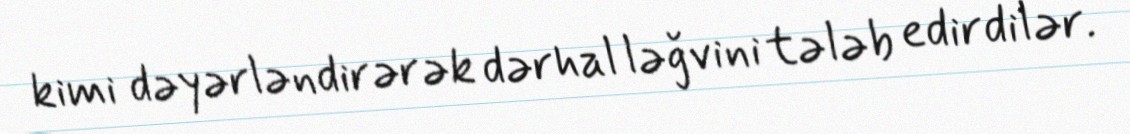
kimi dəyərləndirərək dərhal ləğvini tələb edirdilər.